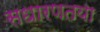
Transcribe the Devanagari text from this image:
सधारणतया